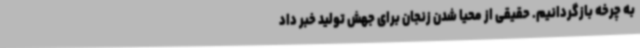
به چرخه بازگردانیم. حقیقی از محیا شدن زنجان برای جهش تولید خبر داد